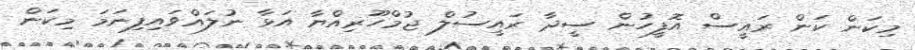
މިކަން ކަން ރައީސް އޮފީހުން ސީދާ ރައީސުލް ޖުމްހޫރިއްޔާ އަޅާ ނުލައްވައިފިނަމަ މިކަން